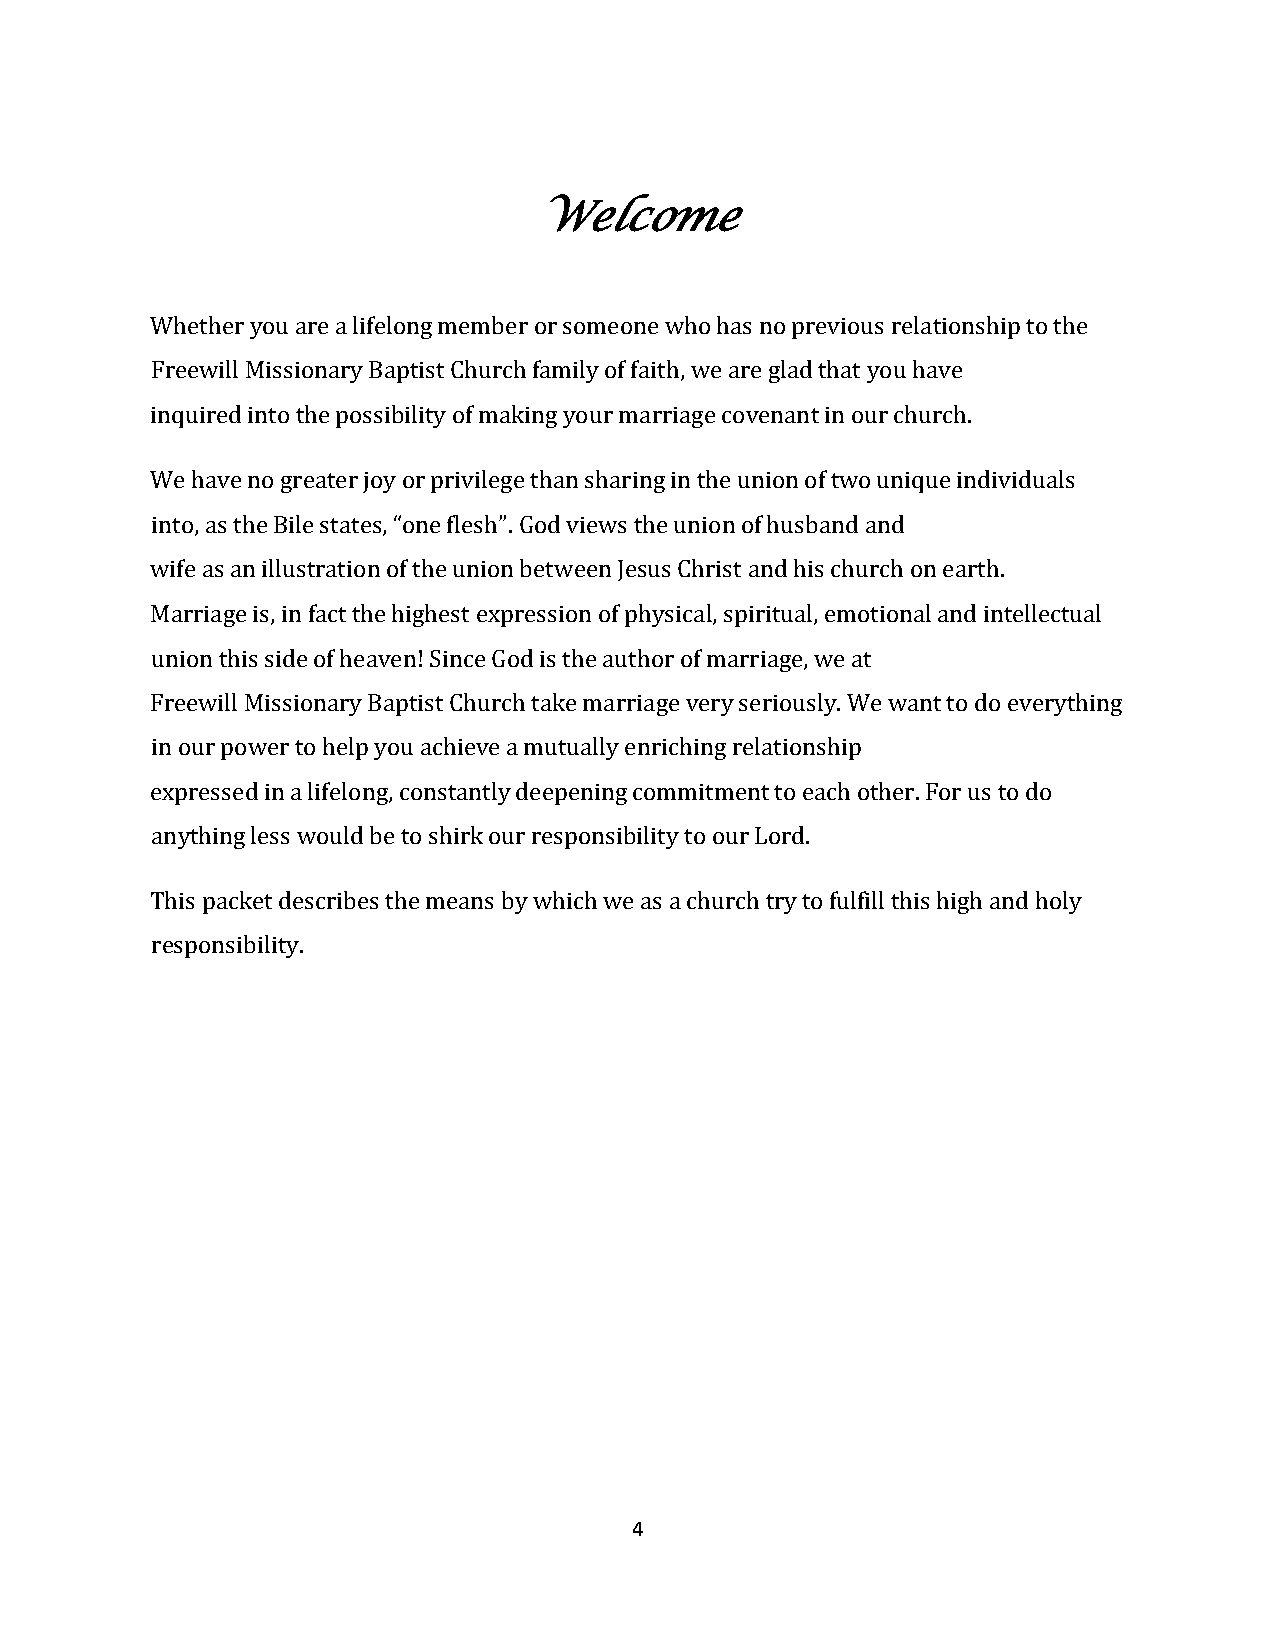
Welcome
 Whether you are a lifelong member or someone who has no previous relationship to the
 Freewill Missionary Baptist Church family of faith, we are glad that you have
 inquired into the possibility of making your marriage covenant in our church.
 We have no greater joy or privilege than sharing in the union of two unique individuals
 into, as the Bile states, “one flesh”. God views the union of husband and
 wife as an illustration of the union between Jesus Christ and his church on earth.
 Marriage is, in fact the highest expression of physical, spiritual, emotional and intellectual
 union this side of heaven! Since God is the author of marriage, we at
 Freewill Missionary Baptist Church take marriage very seriously. We want to do everything
 in our power to help you achieve a mutually enriching relationship
 expressed in a lifelong, constantly deepening commitment to each other. For us to do
 anything less would be to shirk our responsibility to our Lord.
 This packet describes the means by which we as a church try to fulfill this high and holy
 responsibility.
 4